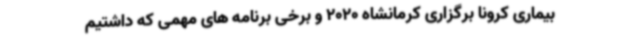
بیماری کرونا برگزاری کرمانشاه 2020 و برخی برنامه های مهمی که داشتیم